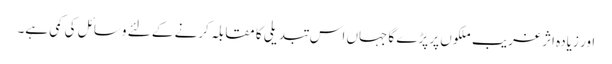
اور زیادہ اثر غریب ملکوں پر پڑے گا جہاں اس تبدیلی کا مقابلہ کرنے کے لئے وسائل کی کمی ہے۔